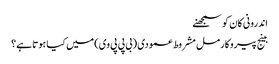
اندرونی کان کو سمجھنے
بینج پیروکارمل مشروط عمودی (بی پی پی وی) میں کیا ہوتا ہے؟